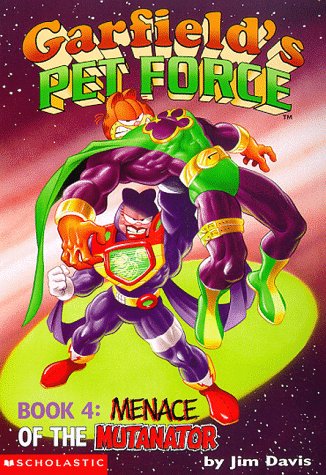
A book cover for Garfield's Pet Force, Book 4: Menace of the Mutanator; Michael Teitelbaum; Children's Books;